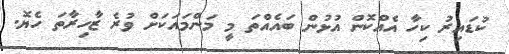
ކުޑައިރު ކިހާ އެއްކޮން އުޅުން ބައެއްތަ މީ މަންމައަކަށް ވުރެ ޒާހިރާތަ ހެޔޮ.